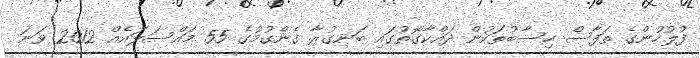
ފުލުހުންގެ ތަފާސް ހިސާބުތަކުން ދައްކާގޮތުގައި ބަނގުރާ ގެންގުުމުގެ 55 މައްސަލައެއް 2012 ވަނަ